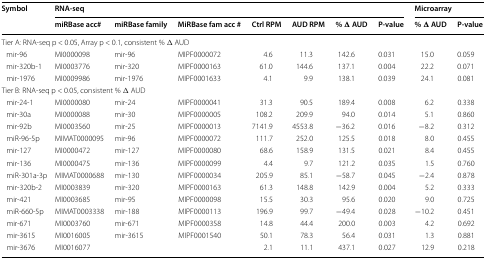
<table><thead><tr><td rowspan="2"><b>Symbol</b></td><td colspan="7"><b>RNA-seq</b></td><td colspan="2"><b>Microarray</b></td></tr><tr><td><b>miRBase acc#</b></td><td><b>miRBase family</b></td><td><b>MiRBase fam acc #</b></td><td><b>Ctrl RPM</b></td><td><b>AUD RPM</b></td><td><b>% Δ AUD</b></td><td><b>P-value</b></td><td><b>% Δ AUD</b></td><td><b>P-value</b></td></tr></thead><tbody><tr><td colspan="10">Tier A: RNA-seq p &lt; 0.05, Array p &lt; 0.1, consistent % Δ AUD</td></tr><tr><td> mir-96</td><td>MI0000098</td><td>mir-96</td><td>MIPF0000072</td><td>4.6</td><td>11.3</td><td>142.6</td><td>0.031</td><td>15.0</td><td>0.059</td></tr><tr><td> mir-320b-1</td><td>MI0003776</td><td>mir-320</td><td>MIPF0000163</td><td>61.0</td><td>144.6</td><td>137.1</td><td>0.004</td><td>22.2</td><td>0.071</td></tr><tr><td> mir-1976</td><td>MI0009986</td><td>mir-1976</td><td>MIPF0001633</td><td>4.1</td><td>9.9</td><td>138.1</td><td>0.039</td><td>24.1</td><td>0.081</td></tr><tr><td colspan="10">Tier B: RNA-seq p &lt; 0.05, consistent % Δ AUD</td></tr><tr><td> mir-24-1</td><td>MI0000080</td><td>mir-24</td><td>MIPF0000041</td><td>31.3</td><td>90.5</td><td>189.4</td><td>0.008</td><td>6.2</td><td>0.338</td></tr><tr><td> mir-30a</td><td>MI0000088</td><td>mir-30</td><td>MIPF0000005</td><td>108.2</td><td>209.9</td><td>94.0</td><td>0.014</td><td>5.1</td><td>0.860</td></tr><tr><td> mir-92b</td><td>MI0003560</td><td>mir-25</td><td>MIPF0000013</td><td>7141.9</td><td>4553.8</td><td>−36.2</td><td>0.016</td><td>−8.2</td><td>0.312</td></tr><tr><td> miR-96-5p</td><td>MIMAT0000095</td><td>mir-96</td><td>MIPF0000072</td><td>111.7</td><td>252.0</td><td>125.5</td><td>0.018</td><td>8.0</td><td>0.455</td></tr><tr><td> mir-127</td><td>MI0000472</td><td>mir-127</td><td>MIPF0000080</td><td>68.6</td><td>158.9</td><td>131.5</td><td>0.021</td><td>8.4</td><td>0.455</td></tr><tr><td> mir-136</td><td>MI0000475</td><td>mir-136</td><td>MIPF0000099</td><td>4.4</td><td>9.7</td><td>121.2</td><td>0.035</td><td>1.5</td><td>0.760</td></tr><tr><td> miR-301a-3p</td><td>MIMAT0000688</td><td>mir-130</td><td>MIPF0000034</td><td>205.9</td><td>85.1</td><td>−58.7</td><td>0.045</td><td>−2.4</td><td>0.878</td></tr><tr><td> mir-320b-2</td><td>MI0003839</td><td>mir-320</td><td>MIPF0000163</td><td>61.3</td><td>148.8</td><td>142.9</td><td>0.004</td><td>5.2</td><td>0.333</td></tr><tr><td> mir-421</td><td>MI0003685</td><td>mir-95</td><td>MIPF0000098</td><td>15.5</td><td>30.3</td><td>95.6</td><td>0.020</td><td>9.0</td><td>0.725</td></tr><tr><td> miR-660-5p</td><td>MIMAT0003338</td><td>mir-188</td><td>MIPF0000113</td><td>196.9</td><td>99.7</td><td>−49.4</td><td>0.028</td><td>−10.2</td><td>0.451</td></tr><tr><td> mir-671</td><td>MI0003760</td><td>mir-671</td><td>MIPF0000358</td><td>14.8</td><td>44.4</td><td>200.0</td><td>0.003</td><td>4.2</td><td>0.692</td></tr><tr><td> mir-3615</td><td>MI0016005</td><td>mir-3615</td><td>MIPF0001540</td><td>50.1</td><td>78.3</td><td>56.4</td><td>0.031</td><td>1.3</td><td>0.881</td></tr><tr><td> mir-3676</td><td>MI0016077</td><td></td><td></td><td>2.1</td><td>11.1</td><td>437.1</td><td>0.027</td><td>12.9</td><td>0.218</td></tr></tbody></table>